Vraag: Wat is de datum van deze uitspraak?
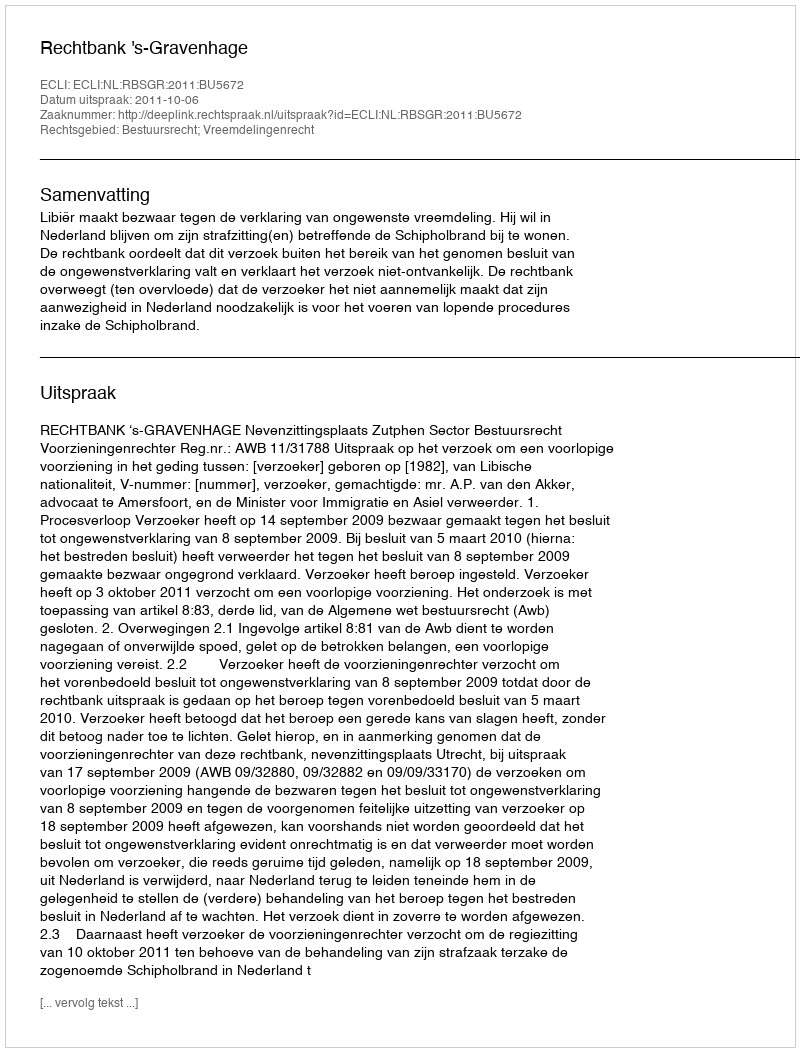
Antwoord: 2011-10-06